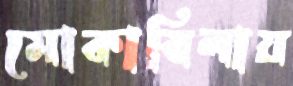
মোকাবিলায়